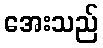
အေးသည်